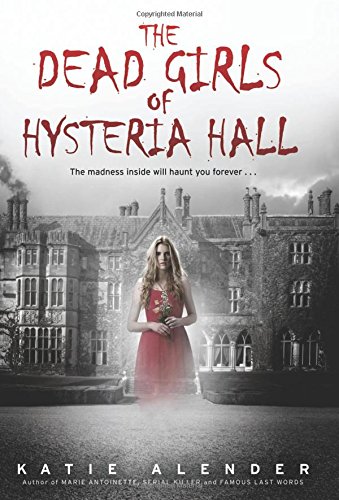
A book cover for The Dead Girls of Hysteria Hall; Katie Alender; Teen & Young Adult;